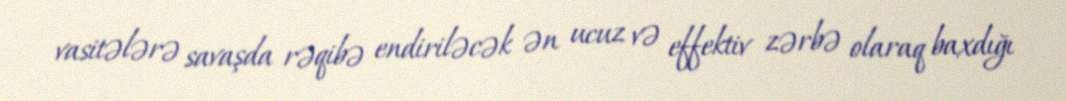
vasitələrə savaşda rəqibə endiriləcək ən ucuz və effektiv zərbə olaraq baxdığı